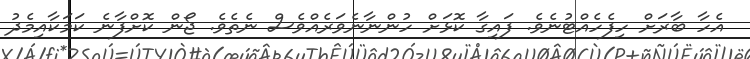
އެހާ ބާރަށް ހިފެހެއްޓުނެވެ. ފައިގާ ކޮޅަށް ހުންނާނެވަރެއްވެސް ނެތެވެ. ޖޯން ކޮށްފާނެ ކަމަކާއިމެދު